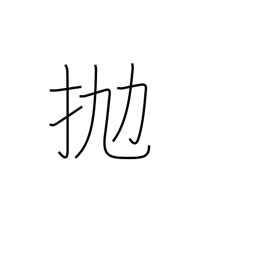
Meaning: hurl